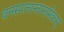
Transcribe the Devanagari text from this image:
वनस्पत्यन्तानामेकम्